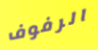
الرفوف